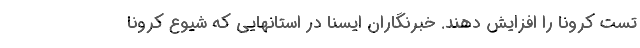
تست کرونا را افزایش دهند. خبرنگاران ایسنا در استانهایی که شیوع کرونا